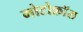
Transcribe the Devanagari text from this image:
मोटोक्राॅस